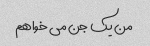
من یک جن می خواهم